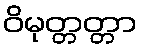
ဝိမုတ္တတ္တာ